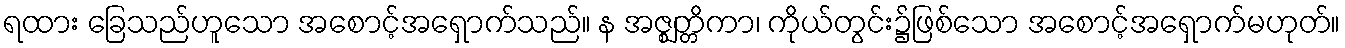
ရထား ခြေသည်ဟူသော အစောင့်အရှောက်သည်။ န အဇ္ဈတ္တိကာ၊ ကိုယ်တွင်း၌ဖြစ်သော အစောင့်အရှောက်မဟုတ်။